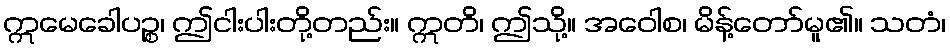
ဣမေခေါပဉ္စ၊ ဤငါးပါးတို့တည်း။ ဣတိ၊ ဤသို့။ အဝေါစ၊ မိန့်တော်မူ၏။ သတံ၊